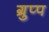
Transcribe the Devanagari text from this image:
ग्रुप्प